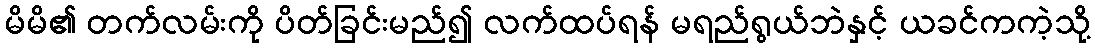
မိမိ၏ တက်လမ်းကို ပိတ်ခြင်းမည်၍ လက်ထပ်ရန် မရည်ရွယ်ဘဲနှင့် ယခင်ကကဲ့သို့